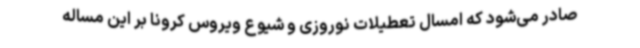
صادر می‌شود که امسال تعطیلات نوروزی و شیوع ویروس کرونا بر این مساله